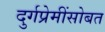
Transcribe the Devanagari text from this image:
दुर्गप्रेमींसोबत